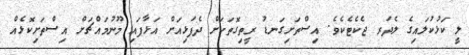
ލީ ކަޅުކުލައިގެ ލެދަރ ޖެކެޓެކެވެ. އިސްތަށިގަނޑު ރީތިގޮތަކަށް ދެފަޅިއަށް އަޅާފައި މޫނުމައްޗަށް އިސްތަށިކޮޅެއް